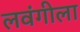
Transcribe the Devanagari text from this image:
लवंगीला